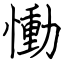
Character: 慟